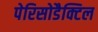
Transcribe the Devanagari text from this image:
पेरिसोडैक्टिल